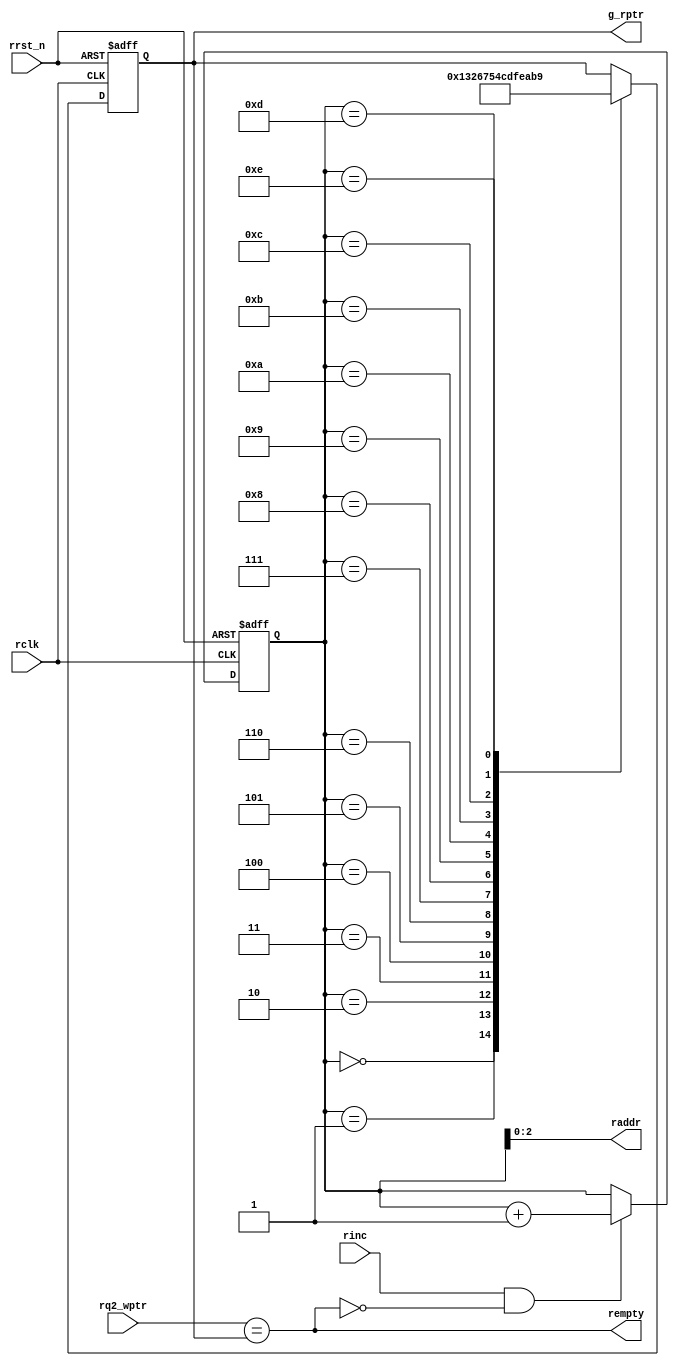
module r_empty #(parameter P_SIZE = 4
)
 (
input  wire 	          rinc     	,
input  wire 	          rclk     	,
input  wire 	      	  rrst_n   	,
input  wire [P_SIZE-1:0]  rq2_wptr 	, //synced gray from full block
output wire	     	  rempty        ,
output wire [P_SIZE-2:0]         raddr         ,
output reg  [P_SIZE-1:0]         g_rptr	
);

reg [P_SIZE-1:0] bn_rptr;

always@(posedge rclk or negedge rrst_n)
 begin
  if(!rrst_n)
	 begin
	  bn_rptr   <= 'b0 ;
  	end
  else if(rinc && !rempty)
   begin
     bn_rptr <= bn_rptr + 1'b1 ;
   end
 end

always@(posedge rclk or negedge rrst_n)
begin
if(!rrst_n)
 begin
  g_rptr <= 'b0;
 end
else
 begin
   case(bn_rptr)
      4'b0000 : g_rptr <= 4'b0000;
      4'b0001 : g_rptr <= 4'b0001;
      4'b0010 : g_rptr <= 4'b0011;
      4'b0011 : g_rptr <= 4'b0010;
      4'b0100 : g_rptr <= 4'b0110;
      4'b0101 : g_rptr <= 4'b0111;
      4'b0110 : g_rptr <= 4'b0101;
      4'b0111 : g_rptr <= 4'b0100;
      4'b1000 : g_rptr <= 4'b1100;
      4'b1001 : g_rptr <= 4'b1101;
      4'b1010 : g_rptr <= 4'b1111;
      4'b1011 : g_rptr <= 4'b1110;
      4'b1100 : g_rptr <= 4'b1010;
      4'b1101 : g_rptr <= 4'b1011;
      4'b1110 : g_rptr <= 4'b1001;
  
  endcase
 end    
end
// generation of empty flag
assign rempty = (rq2_wptr == g_rptr) ;
// address for read
assign raddr  = bn_rptr[P_SIZE-2:0];	

endmodule